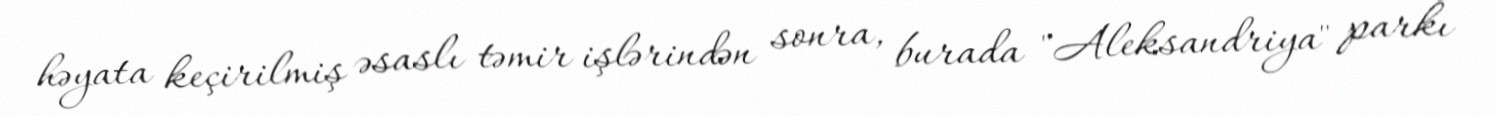
həyata keçirilmiş əsaslı təmir işlərindən sonra, burada "Aleksandriya" parkı